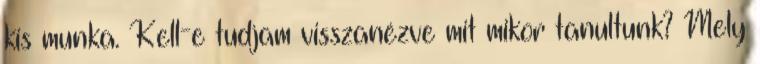
kis munka. Kell-e tudjam visszanézve mit mikor tanultunk? Mely